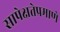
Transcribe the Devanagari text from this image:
सापेक्षतेप्रमाणे